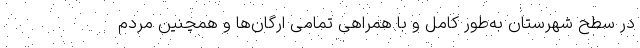
در سطح شهرستان به‌طور کامل و با همراهی تمامی ارگان‌ها و همچنین مردم